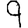
Digit: 9